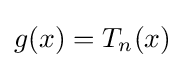
g(x)=T_{n}(x)